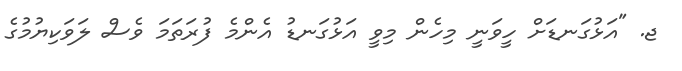
ޖ. "އަޅުގަނޑަށް ހީވަނީ މިހެން މިވީ އަޅުގަނޑު އެންމެ ފުރަތަމަ ވެސް ލަވަކިޔުމުގެ